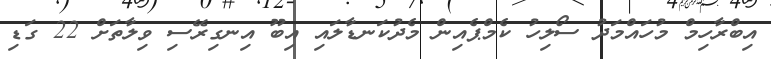
އިބްރާހިމް މުހައްމަދު ސޯލިހު ކެމްޕެއިން މެދުކަނޑާލައި އިބޫ އިނގިރޭސި ވިލާތަށް 22 ގަޑި